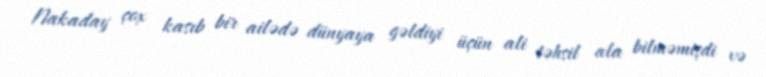
Nakaday çox kasıb bir ailədə dünyaya gəldiyi üçün ali təhsil ala bilməmişdi və